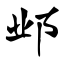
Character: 邺